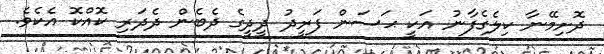
ދޮށިމޭނާ ކިލެގެފާނު އަކީ ޙަސަން ފަރީދު ދީދީގެ ދެބެން ދެދަރި ކޮއްކޮ އެކެވެ.